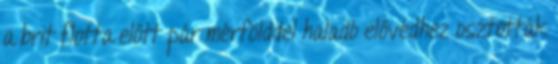
a brit flotta előtt pár mérfölddel haladó elővédhez osztották